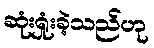
ဆုံးရှုံးခဲ့သည်ဟု